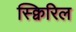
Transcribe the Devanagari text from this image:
स्क्विरिल